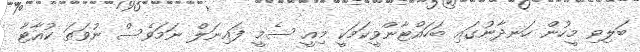
ބަލިވި މީހުން ހަނދާނުގައި ބަހައްޓާންވީކަމަކީ މިއީ ސެމީ ފައިނަލް ނަމަވެސް ނުވަތަ ކުއާޓާ